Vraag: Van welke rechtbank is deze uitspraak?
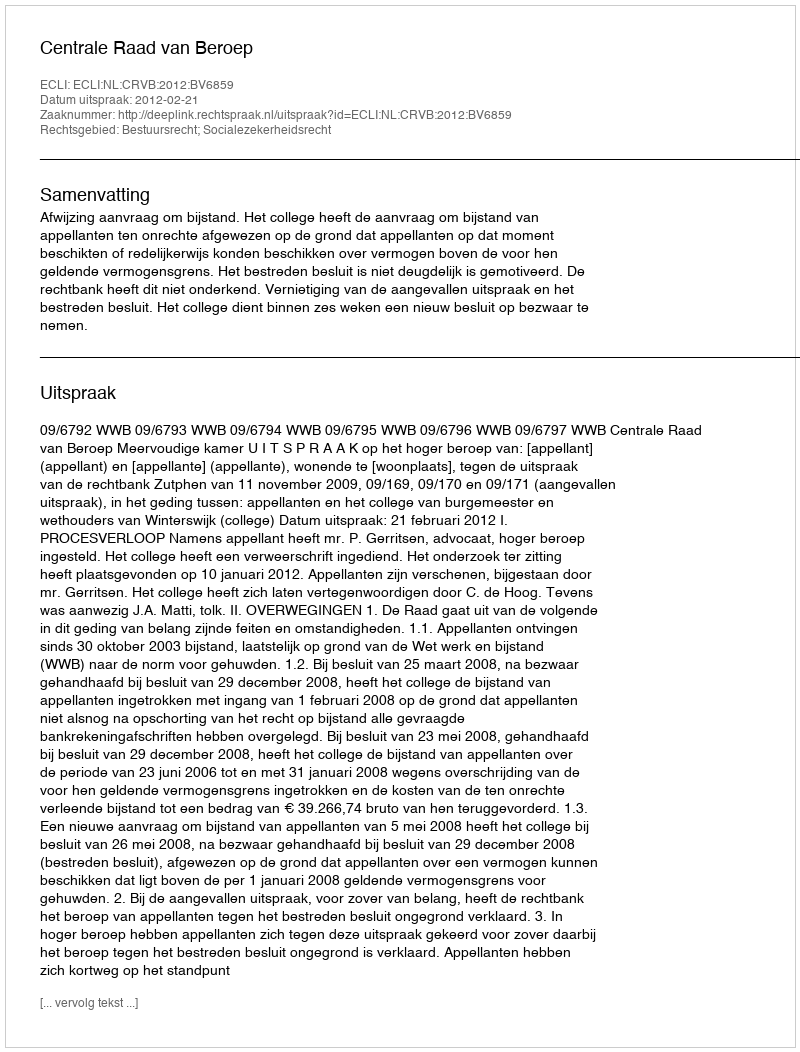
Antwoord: Centrale Raad van Beroep